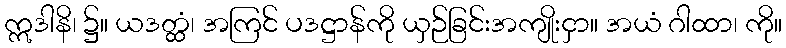
ဣဒါနိ၊ ၌။ ယဒတ္ထံ၊ အကြင် ပဒဋ္ဌာန်ကို ယှဉ်ခြင်းအကျိုးငှာ။ အယံ ဂါထာ၊ ကို။